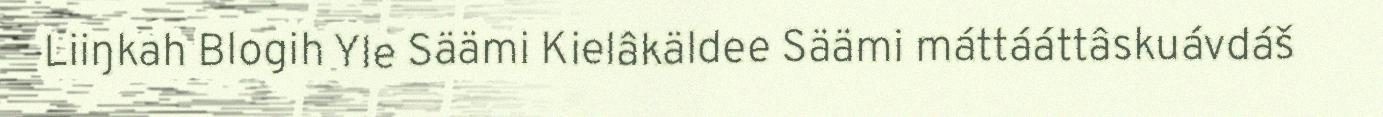
Liiŋkah Blogih Yle Säämi Kielâkäldee Säämi máttááttâskuávdáš